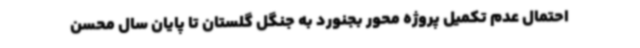
احتمال عدم تکمیل پروژه محور بجنورد به جنگل گلستان تا پایان سال محسن